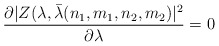
\begin{align*}{\partial |Z(\lambda , \bar \lambda (n_1, m_1, n_2,m_2) |^2 \over \partial\lambda } =0\end{align*}